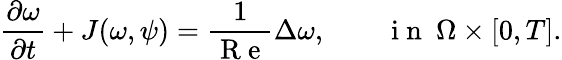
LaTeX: \frac{\partial\omega}{\partial t}+J(\omega,\psi)=\frac{1}{\mathrm{~R~e~}}\Delta\omega,\qquad\mathrm{~i~n~}\ \Omega\times[0,T].